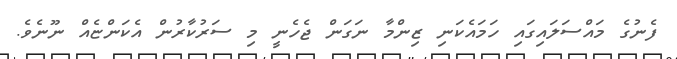
ފެނުގެ މައްސަލައިގައި ހަމައެކަނި ޒިންމާ ނަގަން ޖެހެނީ މި ސަރުކާރުން އެކަންޏެއް ނޫނެވެ.